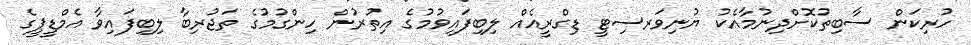
ހުރިކަން ސާބިތުކޮށްދިނުމާއެކު ޔުނިވަރސިޓީ ޑިގްރީއެއް ލިބިފައިވުމުގެ އިތުރުން ހިންގުމުގެ ތަޖުރިބާ ލިބިފައިވާ އެމްޑީޕީގެ